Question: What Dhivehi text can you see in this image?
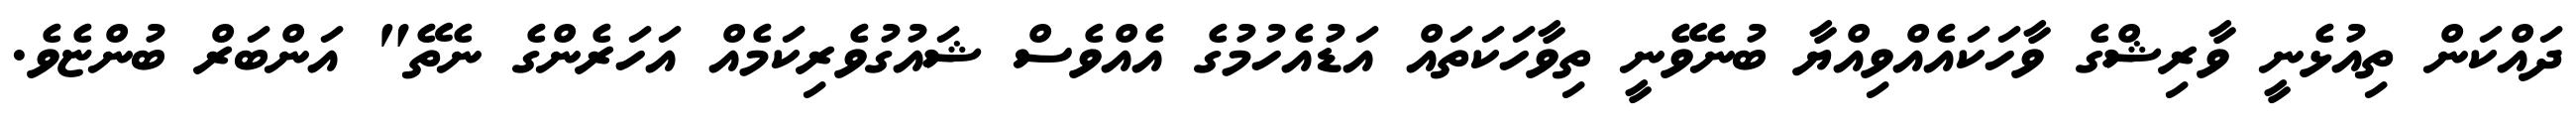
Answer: ދައްކަން ތިއުޅެނީ ވާރިޝްގެ ވާހަކައެއްވިއްޔާ ބުނެވޭނީ ތިވާހަކަތައް އަޑުއެހުމުގެ އެއްވެސް ޝައުގުވެރިކަމެއް އަހަރެންގެ ނެތޭ" އަންބަރް ބުންޏެވެ.